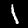
Digit: 1